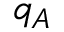
q _ { A }